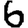
Digit: 6